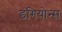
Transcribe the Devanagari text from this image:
डंगियोन्स